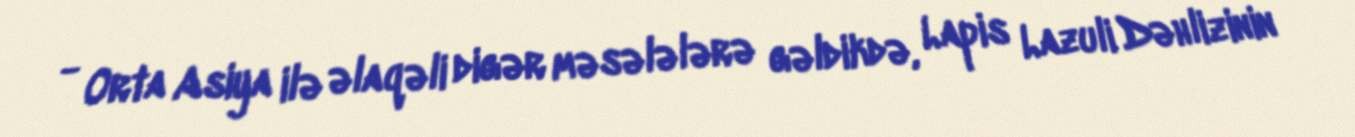
- Orta Asiya ilə əlaqəli digər məsələlərə gəldikdə, Lapis Lazuli Dəhlizinin